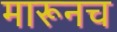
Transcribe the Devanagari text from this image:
मारूनच